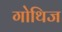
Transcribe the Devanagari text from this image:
गोथिज